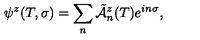
\psi ^ { z } ( T , \sigma ) = \sum _ { n } \tilde { \cal A } \vphantom { \cal A } _ { n } ^ { z } ( T ) e ^ { i n \sigma } ,